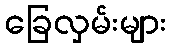
ခြေလှမ်းများ